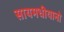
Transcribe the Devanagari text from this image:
सायमधीयानो